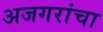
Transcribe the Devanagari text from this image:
अजगरांचा